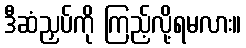
ဒီဆံညှပ်ကို ကြည့်လို့ရမလား။